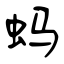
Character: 蚂